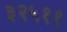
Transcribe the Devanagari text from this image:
३२५११